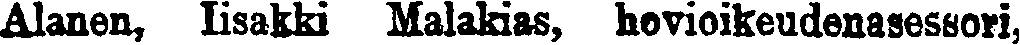
Alanen, lisakki Malakias, hovioikeudenasesöori,